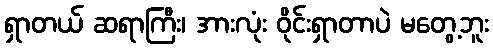
ရှာတယ် ဆရာကြီး၊ အားလုံး ဝိုင်းရှာတာပဲ မတွေ့ဘူး